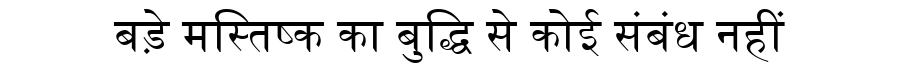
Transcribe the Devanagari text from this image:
बड़े मस्तिष्क का बुद्धि से कोई संबंध नहीं